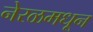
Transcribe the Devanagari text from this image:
नेरळमधून